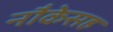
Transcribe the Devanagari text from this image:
नौकेसह